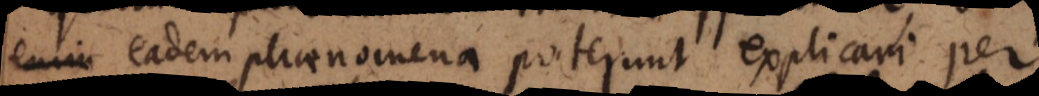
enim eadem phaenomena poterunt explicari per